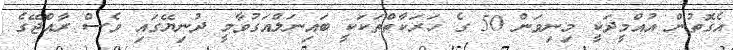
އެގޮތުން އުއްމީދަކީ މިނިވަން 50 ގެ ހަރަކާތްތަކަކީ ބައިނަލްއަގުވާމީ ދުނިޔޭގައި ވެސް ރާއްޖޭގެ